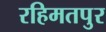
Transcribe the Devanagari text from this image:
रहिमतपुर